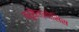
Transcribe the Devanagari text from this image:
ब्रुसेल्लोसिस